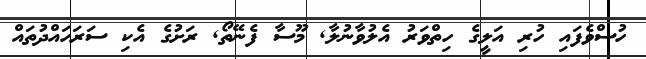
ހުސްވެފައި ހުރި އަލީގެ ހިތްވަރު އެލުވާނުލާ